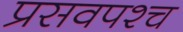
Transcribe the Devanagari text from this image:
प्रसवपश्च